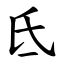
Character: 氐